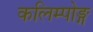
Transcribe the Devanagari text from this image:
कलिम्पोङ्ग